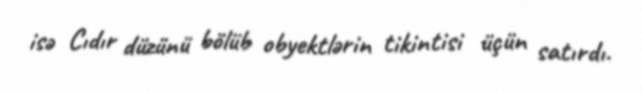
isə Cıdır düzünü bölüb obyektlərin tikintisi üçün satırdı.